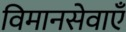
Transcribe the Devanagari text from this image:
विमानसेवाएँ